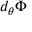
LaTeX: d _ { \theta } \Phi